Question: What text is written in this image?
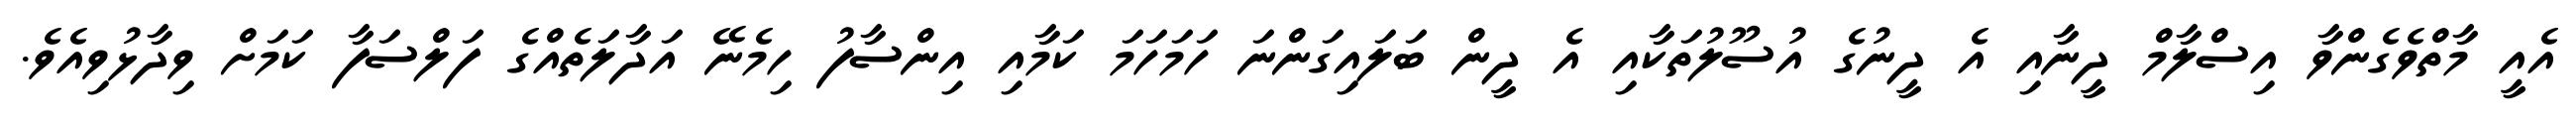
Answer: އެއީ މާތްވެގެންވާ އިސްލާމް ދީނާއި އެ ދީނުގެ އުސޫލުތަކާއި އެ ދީން ބަލައިގަންނަ ހަމަހަމަ ކަމާއި އިންސާފު ހިމެނޭ އަދާލަތެއްގެ ފަލްސަފާ ކަމަށް ވިދާޅުވިއެވެ.